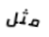
مثل